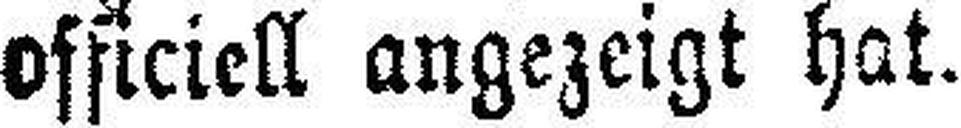
officiell angezeigt hat.